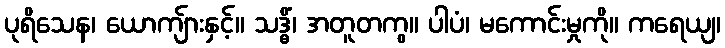
ပုရိသေန၊ ယောကျ်ားနှင့်။ သဒ္ဓိံ၊ အတူတကွ။ ပါပံ၊ မကောင်းမှုကို။ ကရေယျ၊